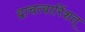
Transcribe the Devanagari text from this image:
द्वाचत्वारिंशत्